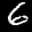
Label: 6